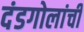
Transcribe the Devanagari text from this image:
दंडगोलांची